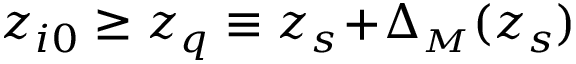
z _ { i 0 } \ge z _ { q } \equiv z _ { s } \! + \! \Delta _ { { \scriptscriptstyle M } } ( z _ { s } )